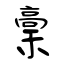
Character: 稾